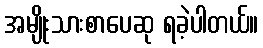
အမျိုးသားစာပေဆု ရခဲ့ပါတယ်။